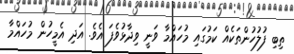
ތިބި ފުލުހުންތަކެއް ކަމުގައި މުހައްމާ ވަނީ ވިދާޅުވެފަ އެވެ. އަދި އެމީހުން މުހައްމާ